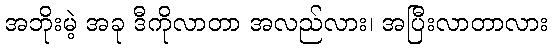
အဘိုးမဲ့ အခု ဒီကိုလာတာ အလည်လား၊ အပြီးလာတာလား